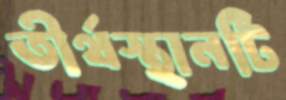
তীর্থস্থানটি